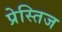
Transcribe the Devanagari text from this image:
प्रेस्तिज